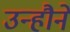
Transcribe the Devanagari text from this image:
उन्हौनें